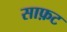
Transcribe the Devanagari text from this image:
साफ़ट